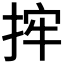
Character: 𢭂